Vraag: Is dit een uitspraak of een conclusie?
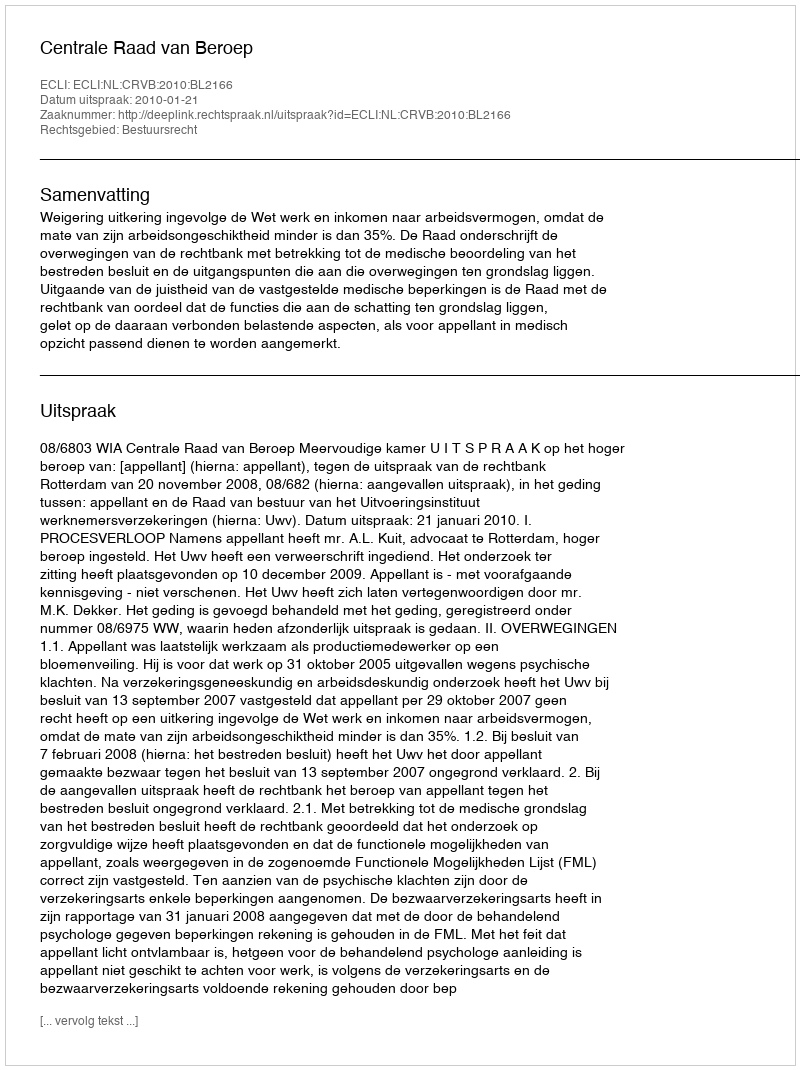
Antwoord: Uitspraak